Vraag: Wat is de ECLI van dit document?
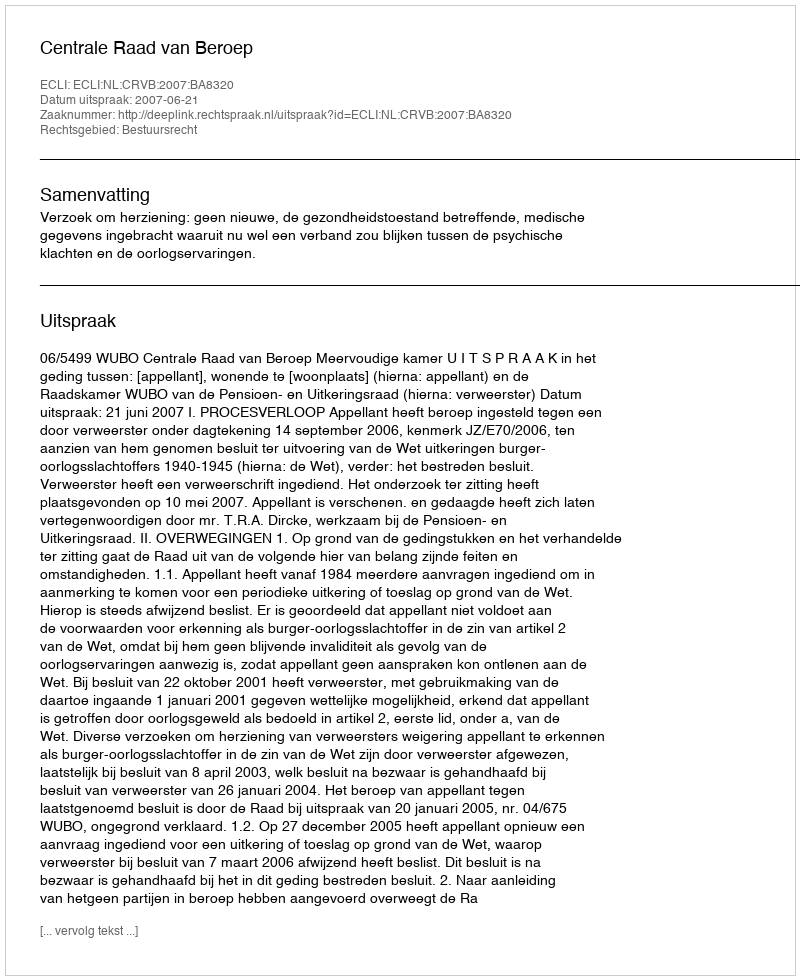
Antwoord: ECLI:NL:CRVB:2007:BA8320